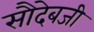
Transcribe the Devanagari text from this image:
सौदेबजी